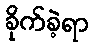
ခိုက်ခဲ့ရာ